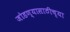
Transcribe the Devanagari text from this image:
जोडण्यासाठीच्या